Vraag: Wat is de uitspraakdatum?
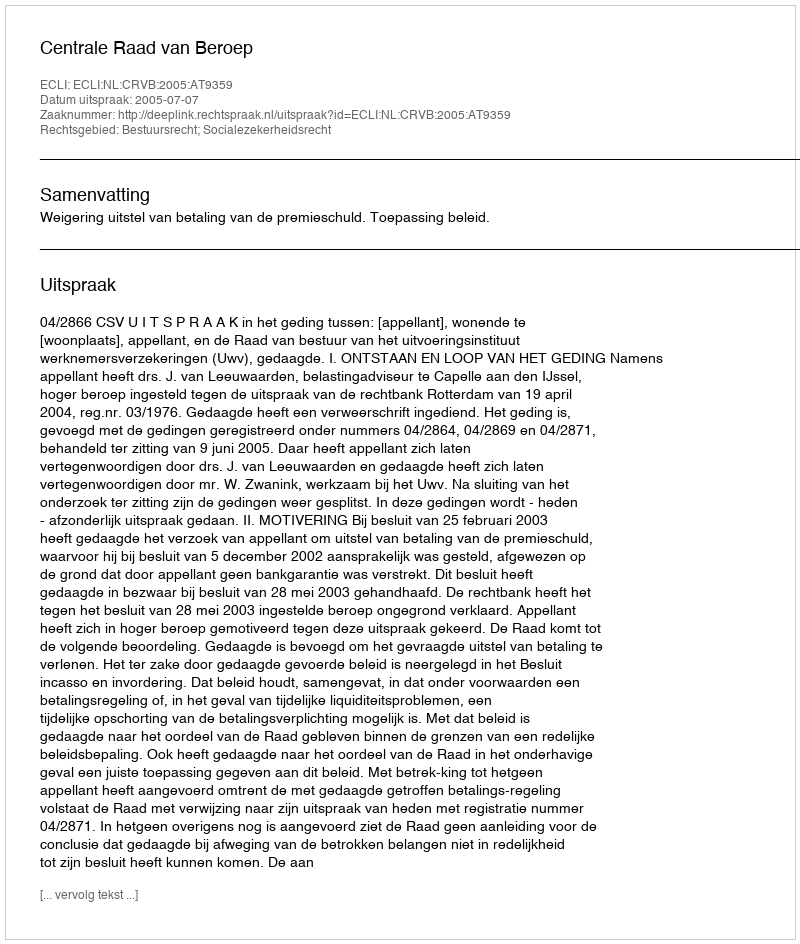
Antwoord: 2005-07-07